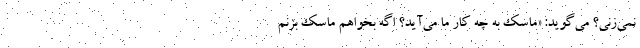
نمی‌زنی؟ می‌گوید: «ماسک به چه کار ما می‌آید؟ اگه بخواهم ماسک بزنم